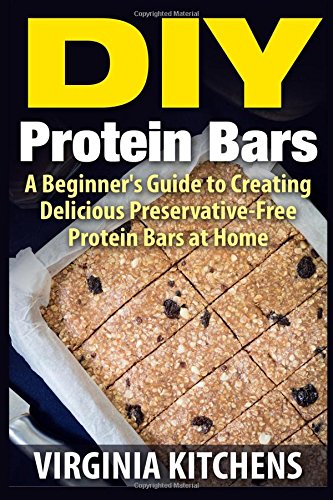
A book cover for DIY Protein Bars: A Beginner's Guide to Creating Delicious Preservative-Free Protein Bars at Home; Claudia Traylor; Cookbooks, Food & Wine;